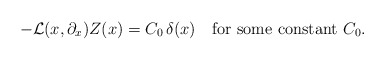
\begin{align*}- {\mathcal L}(x,\partial_x)Z(x)=C_0\,\delta(x) \quad\hbox{for some constant $C_0$.} \end{align*}